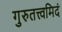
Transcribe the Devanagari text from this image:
गुरुतत्त्वमिदं